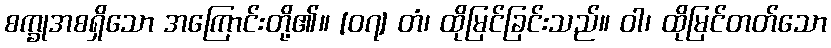
စက္ခုအစရှိသော အကြောင်းတို့၏။ [၀၇] တံ၊ ထိုမြင်ခြင်းသည်။ ဝါ၊ ထိုမြင်တတ်သော